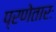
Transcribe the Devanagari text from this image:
प्रणेतारः